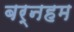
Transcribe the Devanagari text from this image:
बर्नहम